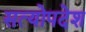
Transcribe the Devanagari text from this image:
सत्योपदेश